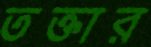
তক্তার